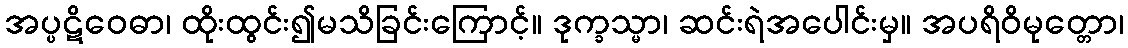
အပ္ပဋိဝေဓာ၊ ထိုးထွင်း၍မသိခြင်းကြောင့်။ ဒုက္ခသ္မာ၊ ဆင်းရဲအပေါင်းမှ။ အပရိဝိမုတ္တော၊